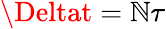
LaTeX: \Deltat=\mathbb{N}\tau